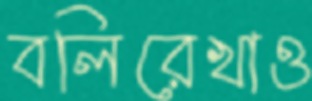
বলিরেখাও